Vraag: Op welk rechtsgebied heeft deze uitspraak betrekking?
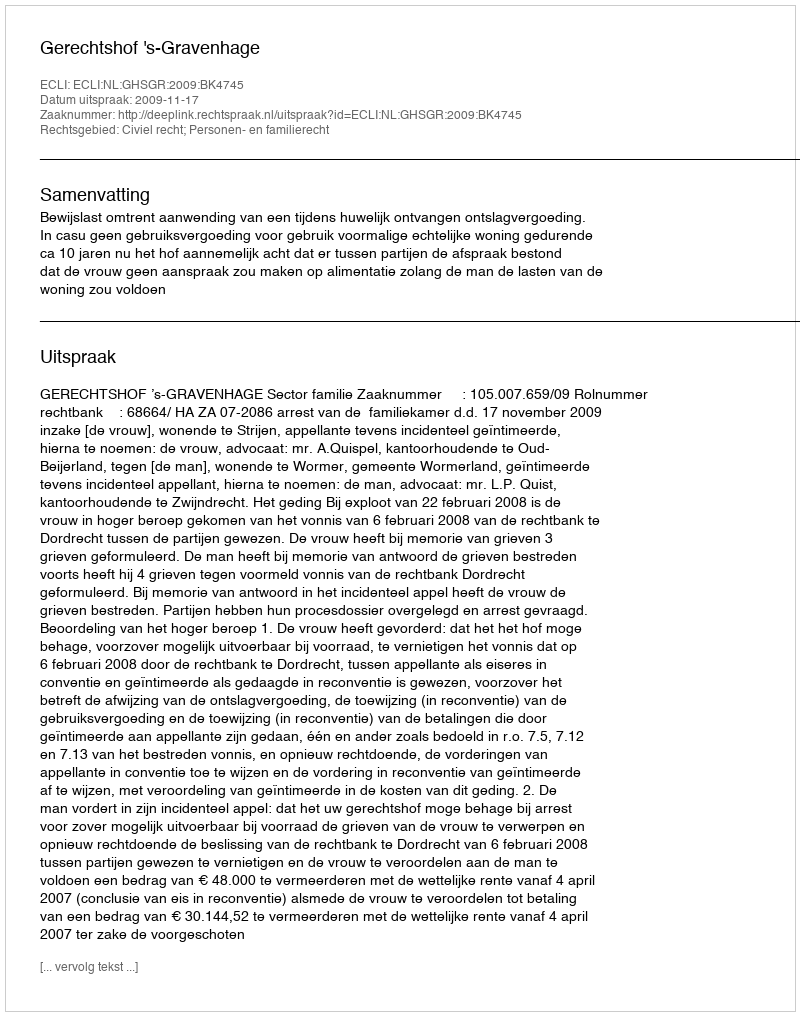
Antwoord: Civiel recht; Personen- en familierecht